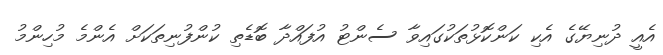
އެއީ ދުނިޔޭގެ އެކި ކަންކޮޅުތަކުގައިވާ ސެންޓު އުފައްދާ ބޮޑެތި ކުންފުނިތަކަށް އެންމެ މުހިންމު